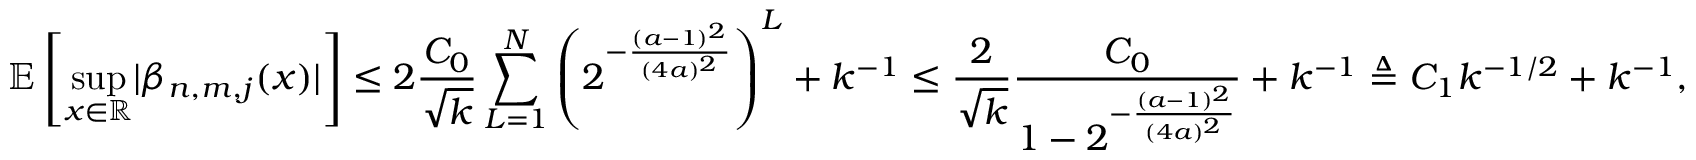
\mathbb { E } \left[ \underset { x \in \mathbb { R } } { \operatorname* { s u p } } | \beta _ { n , m , j } ( x ) | \right] \leq 2 \frac { C _ { 0 } } { \sqrt { k } } \sum _ { L = 1 } ^ { N } \left( 2 ^ { - \frac { ( a - 1 ) ^ { 2 } } { ( 4 a ) ^ { 2 } } } \right) ^ { L } + k ^ { - 1 } \leq \frac { 2 } { \sqrt { k } } \frac { C _ { 0 } } { 1 - 2 ^ { - \frac { ( a - 1 ) ^ { 2 } } { ( 4 a ) ^ { 2 } } } } + k ^ { - 1 } \triangleq C _ { 1 } k ^ { - 1 / 2 } + k ^ { - 1 } ,